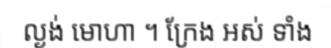
ល្ងង់ មោហា ។ ក្រែង អស់ ទាំង